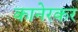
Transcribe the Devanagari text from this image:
कानेरकर